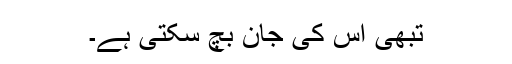
تبھی اس کی جان بچ سکتی ہے۔